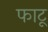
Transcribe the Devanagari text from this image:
फाटू